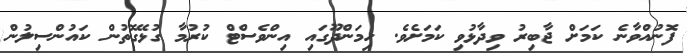
ފޮނުއްވާނެ ކަމަށް ޖާބިރު ވިދާޅުވި ކަމަށެވެ. ހިމަންދޫގައި އިންވެސްޓް ކުރުމާ ގުޅޭގޮތުން ކައުންސިލުން